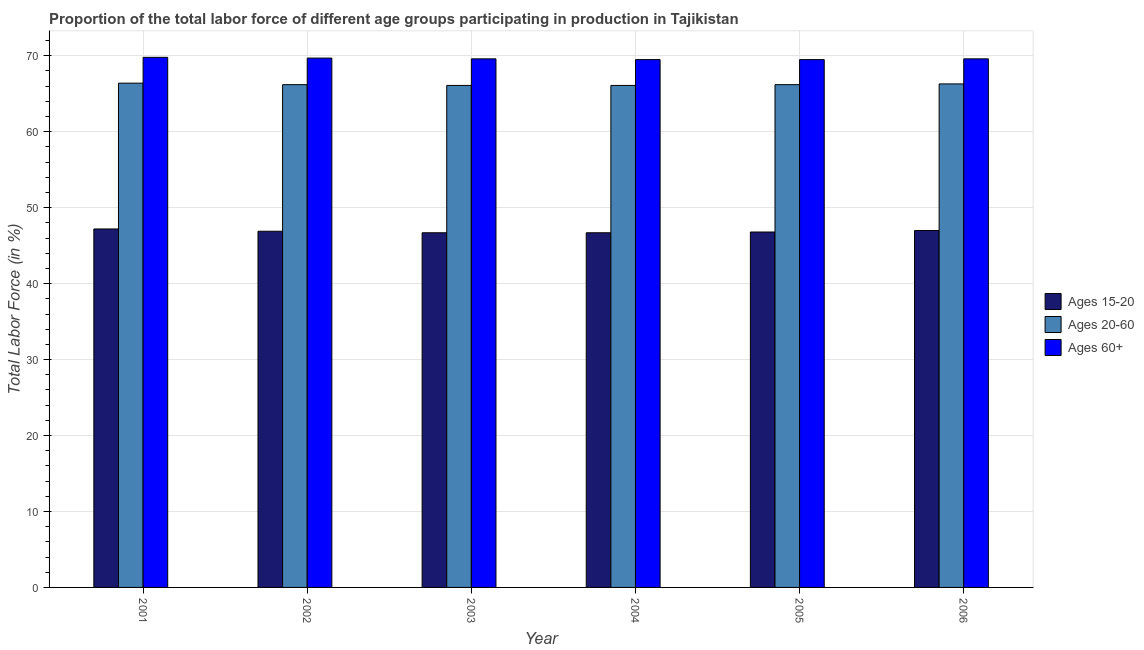
| Year | Ages 15-20 | Ages 20-60 | Ages 60+ |
 | --- | --- | --- | --- |
 | 2001 | 47.2 | 66.4 | 69.8 |
 | 2002 | 46.9 | 66.2 | 69.7 |
 | 2003 | 46.7 | 66.1 | 69.6 |
 | 2004 | 46.7 | 66.1 | 69.5 |
 | 2005 | 46.8 | 66.2 | 69.5 |
 | 2006 | 47 | 66.3 | 69.6 |